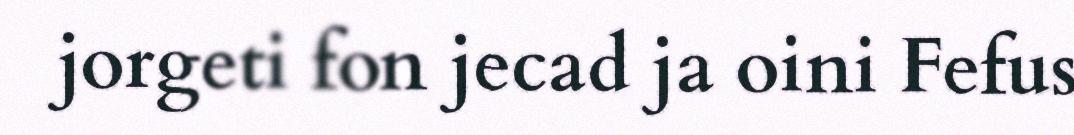
jorgeti fon jecad ja oini Fefus